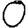
Digit: 0